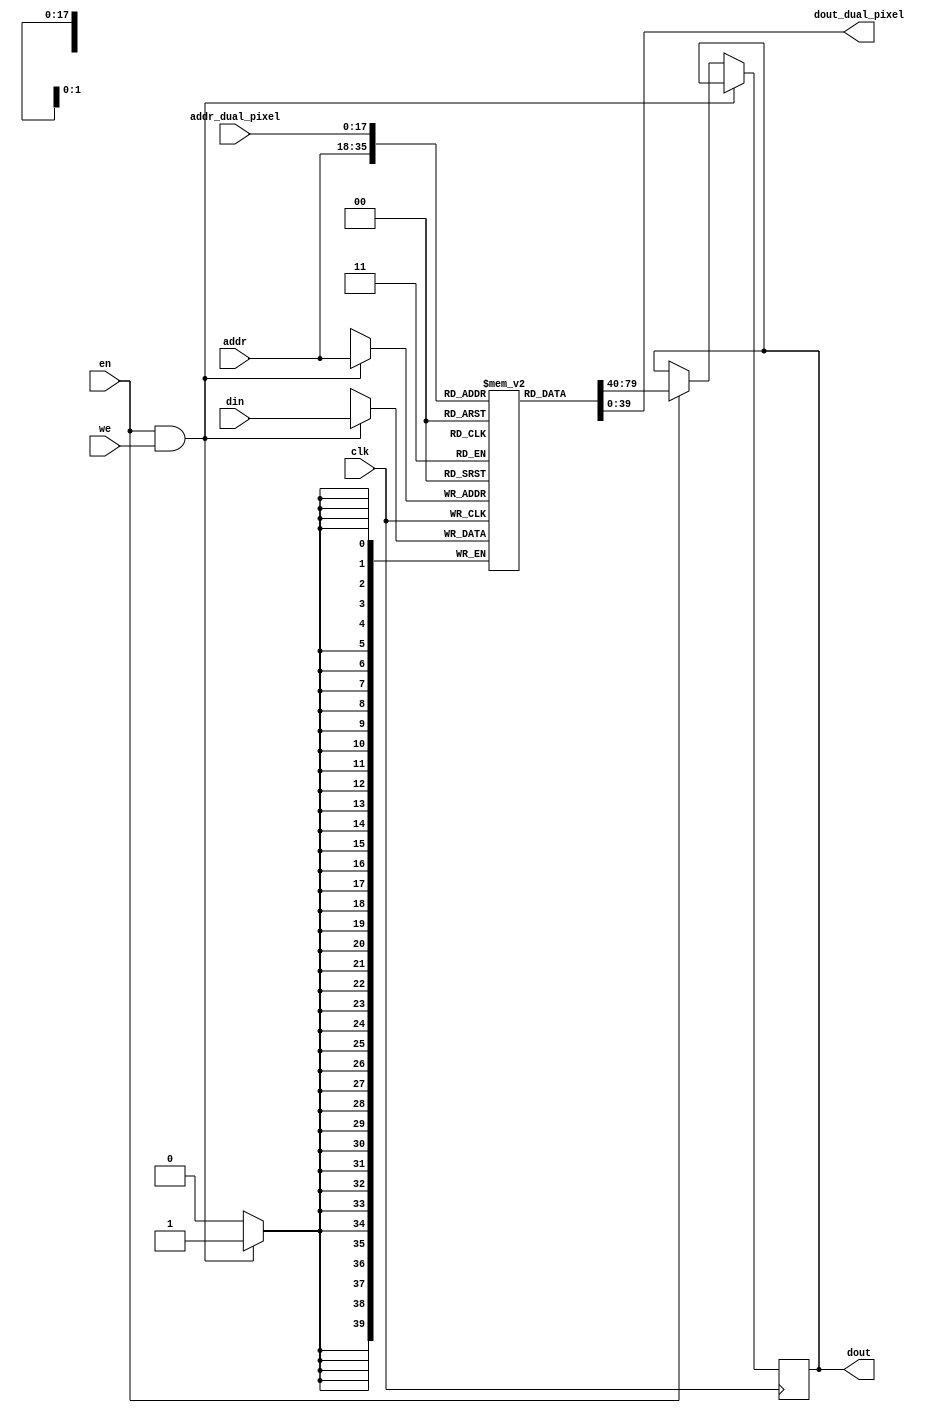
module lcd_frame_buffer_opt(
    clk,
    en,
    addr,
    din,
    we,
    dout,
	addr_dual_pixel,
	dout_dual_pixel
);
	parameter WAVE_PIX_W = 10;
	parameter W_DATA = 4*WAVE_PIX_W; // Y0: 9~0, Y1: 19~20, U:29:20, V: 39:30
	parameter WIDTH = 768;
	parameter HEIGHT = 512;
	parameter N_WORD = WIDTH * HEIGHT/2;
	parameter W_WORD = $clog2(N_WORD);	
	
    input                 clk;   			// Clock input
    input                 en;    			// RAM enable (select)
    input  [W_WORD-1:0]   addr;  			// Address input(word addressing) prior to read data by one clock cycle
    input  [W_DATA-1:0]   din;   		 	// Data input
    input                 we;    			// Write enable
    output [W_DATA-1:0]   dout;    			// Data output
	input  [W_WORD-1:0]   addr_dual_pixel;  // Address input(word addressing) prior to read data by one clock cycle
	output [W_DATA-1:0]   dout_dual_pixel;  // Data output

	reg [W_DATA-1:0] q_mem[N_WORD-1:0] 		/* synthesis syn_ramstyle="block_ram" */;
	reg [W_DATA-1:0] dout = 0;

	always @(posedge clk)
	begin
		if(en & we)
			q_mem[addr] <= din;
		else if(en)
			dout <=  q_mem[addr];
	end
	assign dout_dual_pixel = q_mem[addr_dual_pixel];
endmodule